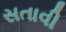
સતાવી